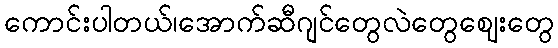
ကောင်းပါတယ်၊အောက်ဆီဂျင်တွေလဲတွေဈေးတွေ